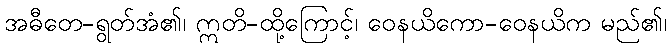
အဓီတေ-ရွတ်အံ၏၊ ဣတိ-ထို့ကြောင့်၊ ဝေနယိကော-ဝေနယိက မည်၏၊